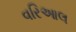
વરિઆલ